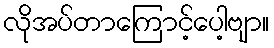
လိုအပ်တာကြောင့်ပေါ့ဗျာ။